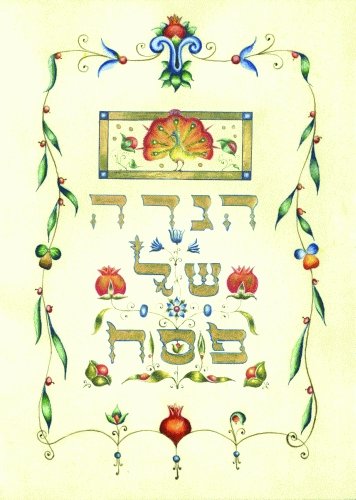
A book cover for Haggadah Illuminated (Hebrew Edition); Even Caredio; Religion & Spirituality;